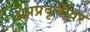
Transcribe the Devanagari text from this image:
अपप्रवृत्तींवर